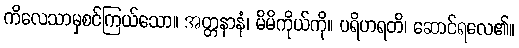
ကိလေသာမှစင်ကြယ်သော။ အတ္တနာနံ၊ မိမိကိုယ်ကို။ ပရိဟရတိ၊ ဆောင်ရလေ၏။